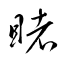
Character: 睹